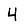
Digit: 4